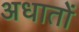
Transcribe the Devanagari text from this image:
अधातों